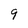
Character: 9